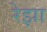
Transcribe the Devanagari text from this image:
रेझा